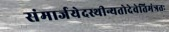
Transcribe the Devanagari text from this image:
संमार्जयेदस्थीन्यतोदेवेतिमंत्रतः